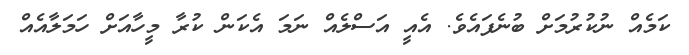
ކަމެއް ނުކުރުމަށް ބުނެފައެވެ. އެއީ އަސްލެއް ނަމަ އެކަން ކުރާ މީހާއަށް ހަމަލާއެއް